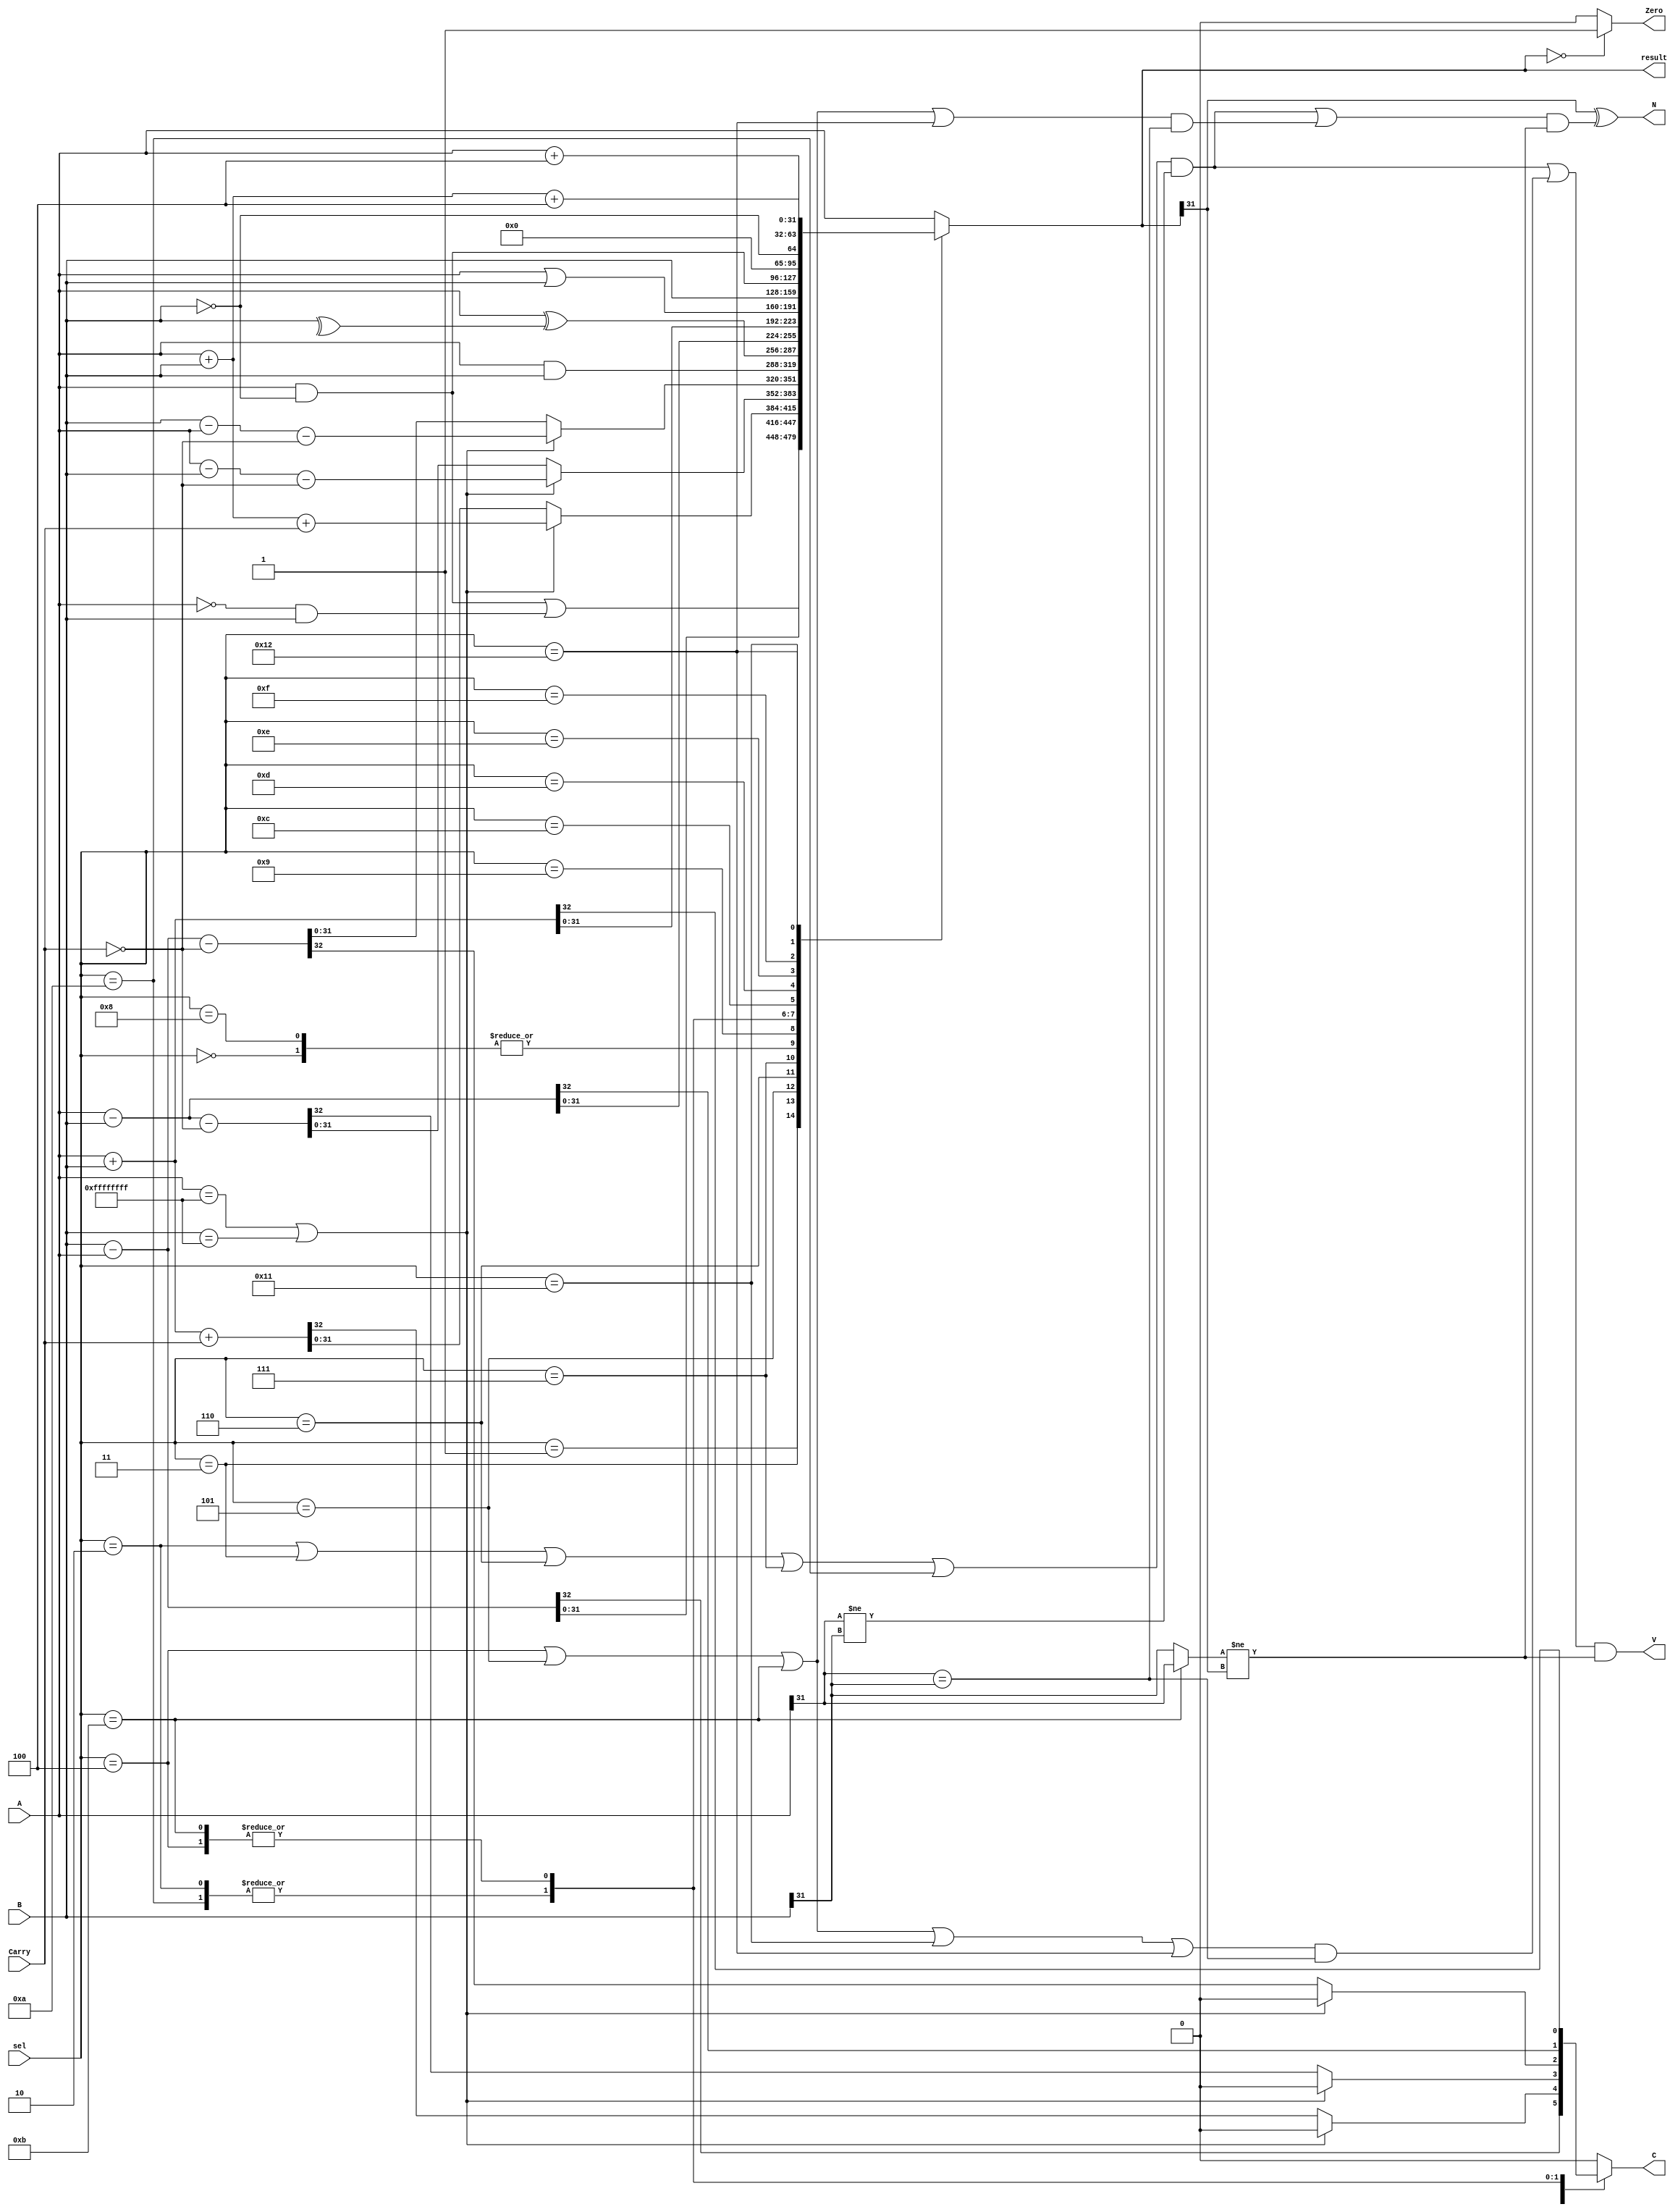
// ALU Module Implemetation by Fabiola Badillo Ramos

module ALU(output reg [31:0] result, output reg N, Zero, C, V, input [31:0] A, B, input Carry, input [4:0] sel);
    reg original_sign, keep_sign_on_ovfl, set_ovlf;
    reg [31:0] local; // used for operations that only update flags 


    always @*
      begin
      C = 0;
        case (sel)

        5'b00000: // A AND B
        begin 
             result <= A & B;
        end

        5'b00001: // A EOR B
        begin
            // result <= A ^ B;
            result <= (A & !B) | (!A & B);
        end

        5'b00010: // A - B
        begin
            {C, result} <= {1'b0, A} - {1'b0, B};
        end

        5'b00011: // B - A
        begin
            {C, result} <= {1'b0, B} - {1'b0, A};
        end

        5'b00100: // A + B
        begin
            {C, result} <= A + B;
        end

        5'b00101: // A + B + Cin
        begin
            if (A == -1 || B == -1) 
            begin
                result <= A + B + Carry; 
                C = 0;
            end
            else
            {C, result} <= A + B + Carry;
        end

        5'b00110: // A - B - !Cin
        begin
          if (A == -1 || B == -1)
          begin
            result <= A - B - !Carry;
            C = 0;
            end
          else
            {C, result} <= {1'b0, A} - {1'b0, B} - !Carry; 
        end

        5'b00111: // B - A - !Cin
        begin
            if (A == -1 || B == -1)
            begin
                result <= B - A - !Carry;
                C = 0;
            end
            else
            {C, result} <= {1'b0, B} - {1'b0, A} - !Carry; 
        end

        5'b01000: // TEST
        begin
            result <= A & B;
        end

        5'b01001: // TEQ 
        begin
           // result <= (A & !B) | (!A & B);
           // result <= (A && !B) | (!A && B);
           result <= A ^^ B;
        end

        5'b01010: // CMP - update flags after A - B
        begin
            {C, result} <= {1'b0, A} - {1'b0, B};
        end

        5'b01011: // CMN - update flags after A + B
        begin  
            {C, result} <= A + B;
        end

        5'b01100: // A OR B
        begin
            result <= A | B;
        end
        
        5'b01101: // B
        begin   
            result <= B;
        end

        5'b01110: // A AND !B
        begin   
            result <= A & !B;
        end

        5'b01111: // !B
        begin
            result <= !B;
        end

        5'b10000: // A
        begin
            result <= A;
        end

        5'b10001: // A + 4 this assumes no overflow 
        begin
            result <= A + 4;
        end
         
        5'b10010: // A + B + 4
        begin
          result <= A + B + 4;
        end

        default : result <= A;

        endcase     

        // logic for managing the flags
        // Zero = 0;
        // N = 0;
        // C = 0;
        // V = 0;        

        // logic for getting the N flag 
        original_sign = ((sel == 00011) || (sel == 00111))? A[31]:B[31]; 
        keep_sign_on_ovfl <= (  (  ( (sel == 5'b00010) || (sel == 5'b00011) || (sel == 5'b00110) || (sel == 5'b00111) || (sel == 5'b01010) ) && (A[31] != B[31]))   || (((sel == 5'b00100) || (sel == 5'b00101) || (sel == 5'b01011) || (sel == 5'b10010) || (sel == 10001)) && (A[31] == B[31]))); // subtraction and addition
        N = (result[31]) ^ ((keep_sign_on_ovfl) && (original_sign != result[31]));

        Zero = (result == 32'b0)? 1'b1:1'b0;    // Zero flag

        // logic for getting the V flag
        set_ovlf <= ((((sel == 5'b00010) || (sel == 5'b00011) || (sel == 5'b00110) || (sel == 5'b00111) || (sel == 5'b01010)) && (A[31] != B[31])) || (((sel == 5'b00100) || (sel == 5'b00101) || (sel == 5'b01011) || (sel == 5'b10001) || (sel == 5'b10010)) && (A[31] == B[31]))); // subtraction and addition
        V = (set_ovlf) && (original_sign != result[31]); 
      end
endmodule